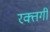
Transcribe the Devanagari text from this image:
रक्तगी